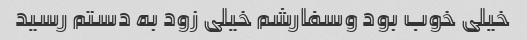
خیلی خوب بود وسفارشم خیلی زود به دستم رسید